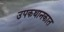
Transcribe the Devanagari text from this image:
उपकथानकात